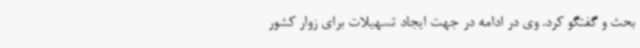
بحث و گفتگو کرد. وی در ادامه در جهت ایجاد تسهیلات برای زوار کشور